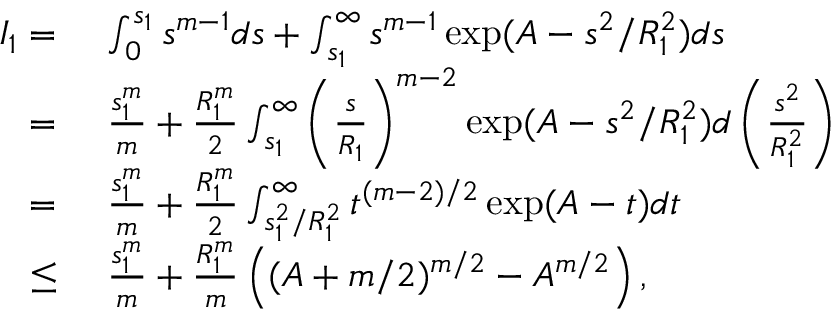
\begin{array} { r l } { I _ { 1 } = } & { ~ \int _ { 0 } ^ { s _ { 1 } } s ^ { m - 1 } d s + \int _ { s _ { 1 } } ^ { \infty } s ^ { m - 1 } \exp ( A - s ^ { 2 } / R _ { 1 } ^ { 2 } ) d s } \\ { = } & { ~ \frac { s _ { 1 } ^ { m } } { m } + \frac { R _ { 1 } ^ { m } } { 2 } \int _ { s _ { 1 } } ^ { \infty } \left( \frac { s } { R _ { 1 } } \right) ^ { m - 2 } \exp ( A - s ^ { 2 } / R _ { 1 } ^ { 2 } ) d \left( \frac { s ^ { 2 } } { R _ { 1 } ^ { 2 } } \right) } \\ { = } & { ~ \frac { s _ { 1 } ^ { m } } { m } + \frac { R _ { 1 } ^ { m } } { 2 } \int _ { s _ { 1 } ^ { 2 } / R _ { 1 } ^ { 2 } } ^ { \infty } t ^ { ( m - 2 ) / 2 } \exp ( A - t ) d t } \\ { \leq } & { ~ \frac { s _ { 1 } ^ { m } } { m } + \frac { R _ { 1 } ^ { m } } { m } \left( ( A + m / 2 ) ^ { m / 2 } - A ^ { m / 2 } \right) , } \end{array}